Civil Veterinary Dept. Assam report 1911-1927 - 1911-1927
Year: 1911
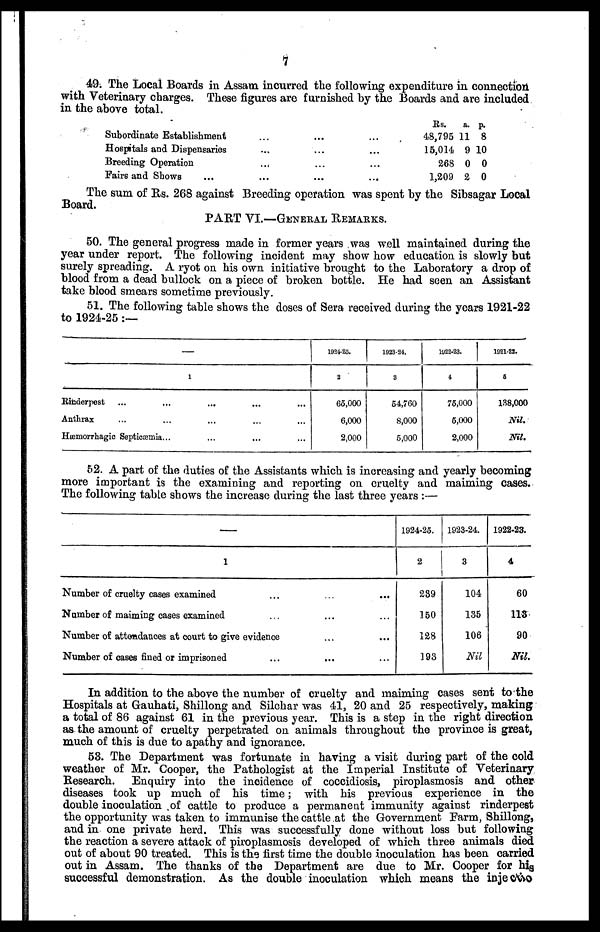
7
49. The Local Boards in Assam incurred the following expenditure in connection
with Veterinary charges. These figures are furnished by the Boards and are included
in the above total.
Subordinate Establishment
Hospitals and Dispensaries
Breeding Operation
Fairs and Shows
...
...
......
...
...
...
...
...
...
...
...
...
Rs.
48,795
15,014
268
1,209
a.
11
9
0
2
p.
8
10
0
0
The sum of Rs. 268 against Breeding operation was spent by the Sibsagar Local
Board.
PART VI.—GENERAL REMARKS.
50. The general progress made in former years was well maintained during the
year under report. The following incident may show how education is slowly but
surely spreading. A ryot on his own initiative brought to the Laboratory a drop of
blood from a dead bullock on a piece of broken bottle. He had seen an Assistant
take blood smears sometime previously.
51. The following table shows the doses of Sera received during the years 1921-22
to 1924-25 :—
—
1
Rinderpest ... ...
Anthrax ... ...
Hæmorrhagic Septicæmia...
...
...
...
...
...
...
...
...
...
1924-25.
2
65,000
6,000
2,000
1923-24.
3
54,760
8,000
5,000
1022-23.
4
75,000
5,000
2,000
1921-22.
6
138,000
Nil.
Nil.
52. A part of the duties of the Assistants which is increasing and yearly becoming
more important is the examining and reporting on cruelty and maiming cases.
The following table shows the increase during the last three years :—
—
1
Number of cruelty cases examined ... ... ...
Number of maiming cases examined ... ... ...
Number of attendances at court to give evidence ... ...
Number of oases fined or imprisoned ... ... ...
1924-25.
2
289
150
128
193
1923-24.
3
104
135
106
Nil
1922-23.
4
60
113
90
Nil.
In addition to the above the number of cruelty and maiming cases sent to the
Hospitals at Gauhati, Shillong and Silchar was 41, 20 and 25 respectively, making
a total of 86 against 61 in the previous year. This is a step in the right direction
as the amount of cruelty perpetrated on animals throughout the province is great,
much of this is due to apathy and ignorance.
53. The Department was fortunate in having a visit during part of the cold
weather of Mr. Cooper, the Pathologist at the Imperial Institute of Veterinary
Research.
Enquiry into the incidence of coccidiosis, piroplasmosis and other
diseases took up much of his time; with his previous experience in the
double inoculation of cattle to produce a permanent immunity against rinderpest
the opportunity was taken to immunise the cattle at the Government Farm, Shillong,
and in one private herd. This was successfully done without loss but following
the reaction a severe attack of piroplasmosis developed of which three animals died
out of about 90 treated. This is the first time the double inoculation has been carried
out in Assam. The thanks of the Department are due to Mr. Cooper for his
successful demonstration. As the double inoculation which means the injection